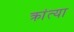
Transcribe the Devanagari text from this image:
क्रांत्या